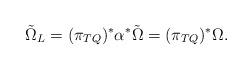
LaTeX: \begin{align*}\tilde \Omega _L = (\pi_{TQ})^* \alpha^* \tilde \Omega = (\pi_{TQ})^* \Omega.\end{align*}